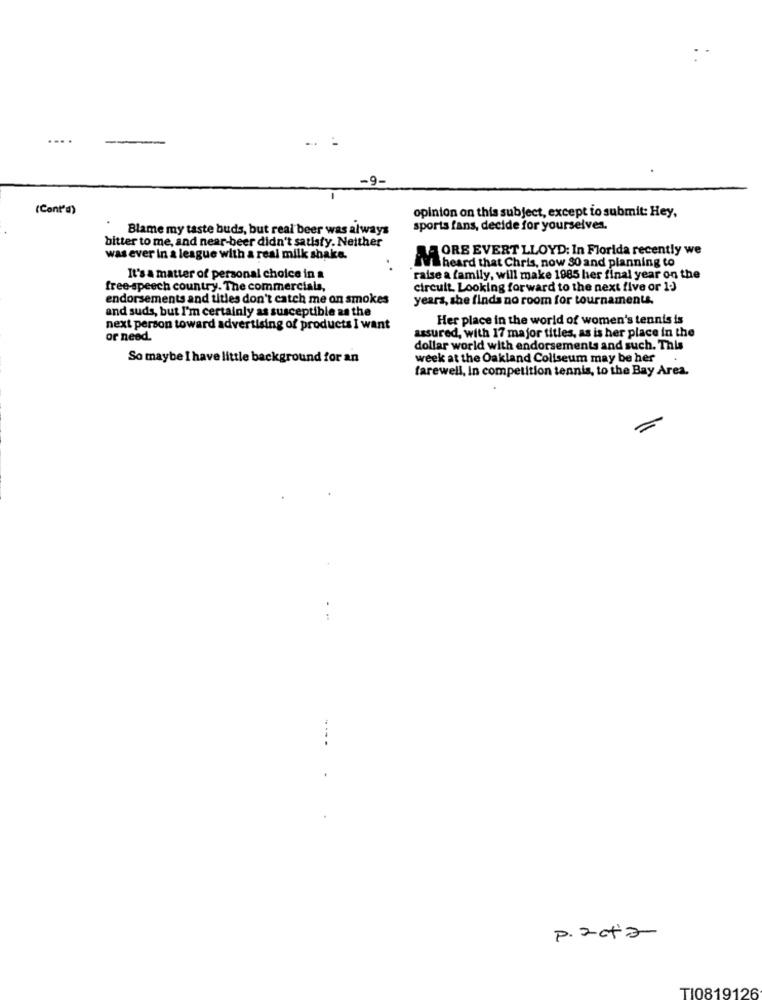
..
(Cont'd)
opinion on this subject, except to submit: Hey,
Blame my taste buds, but real beer was always
sports fans, decide for yourselves.
bitter to me, and near-beer didn't satisfy. Neither
was ever in a league with a real milk shake.
LA ORE EVERT LLOYD: In Florida recently we
iV heard that Chris, now 30 and planning to
It's a matter of personal choice in a
raise a family, will make 1985 her final year on the
free-speech country. The commercials,
circuit. Looking forward to the next five or 1)
endorsements and titles don't catch me on smokes
years, she finds no room for tournaments.
and suds, but I'm certainly as susceptible as the
Her place in the world of women's tennis is
next person toward advertising of products I want
assured, with 17 major titles, as is her place in the
or need.
dollar world with endorsements and such. This
So maybe I have little background for an
week at the Oakland Coliseum may be her
farewell, In competition tennis, to the Bay Area.
..
P. acta
TI0819126